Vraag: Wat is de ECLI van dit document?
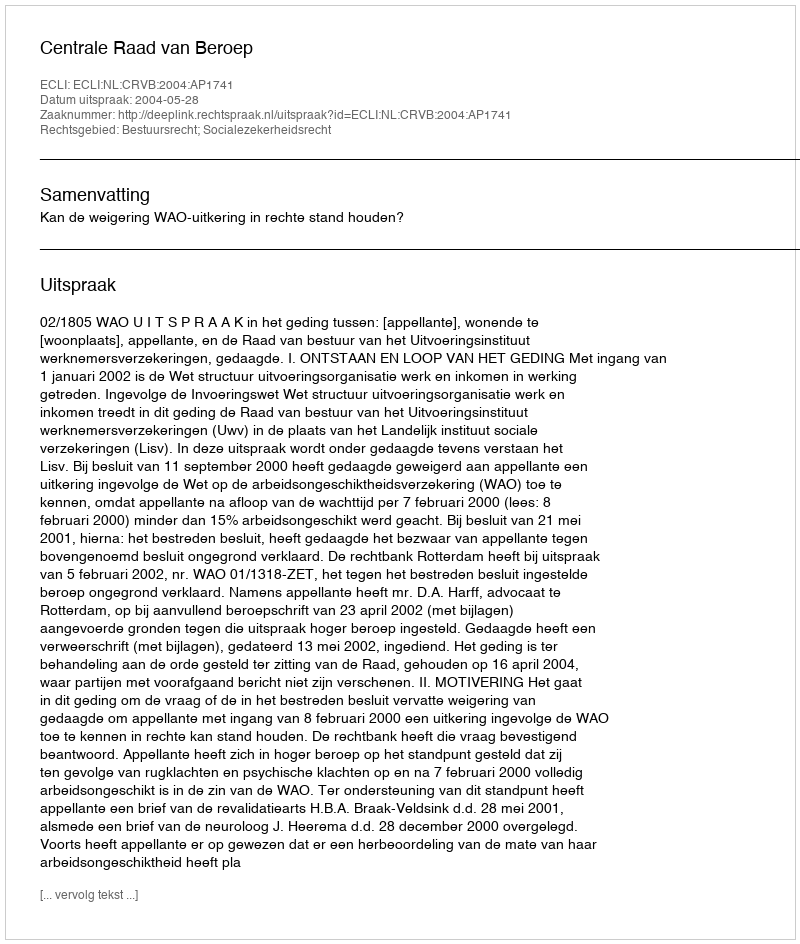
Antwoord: ECLI:NL:CRVB:2004:AP1741